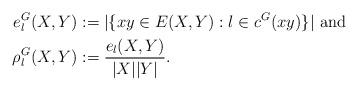
LaTeX: \begin{align*}e^G_{l}(X,Y) &:=|\{ xy \in E(X,Y): l\in c^G(xy)\}|\textnormal{ and }\\\rho^G_{l}(X,Y) &:= \frac{e_{l}(X,Y)}{|X||Y|}.\end{align*}